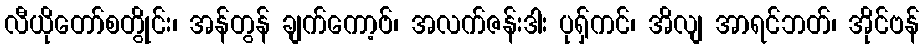
လီယိုတော်စတွိုင်း၊ အန်တွန် ချက်ကော့ဗ်၊ အလက်ဇန်းဒါး ပုရှ်ကင်၊ အိလျ အာရင်ဘတ်၊ အိုင်ဗန်